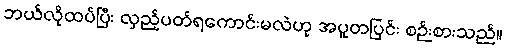
ဘယ်လိုထပ်ပြီး လှည့်ပတ်ရကောင်းမလဲဟု အပူတပြင်း စဉ်းစားသည်။